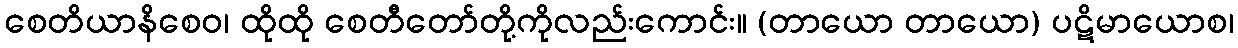
စေတိယာနိစေဝ၊ ထိုထို စေတီတော်တို့ကိုလည်းကောင်း။ (တာယော တာယော) ပဋိမာယောစ၊